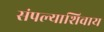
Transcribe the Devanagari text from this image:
संपल्याशिवाय